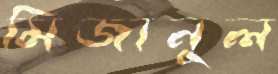
মিজানুল